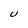
Character: U